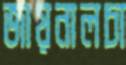
জায়নালচা